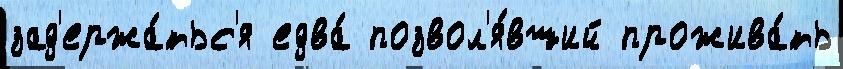
зад'ержа́тьс'я едва́ позвол'я́вший прожива́ть